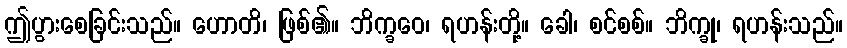
ဤပွားစေခြင်းသည်။ ဟောတိ၊ ဖြစ်၏။ ဘိက္ခဝေ၊ ရဟန်းတို့။ ခေါ၊ စင်စစ်။ ဘိက္ခု၊ ရဟန်းသည်။